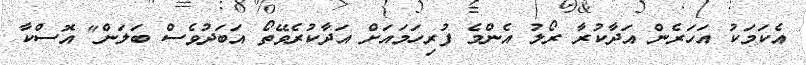
އެކަމަކު އަހަރެން އަދާކުރާ ރޯލު އެންމެ ފުރިހަމައަށް އަދާކުރެވޭތޯ އަބަދުވެސް ބަލަން" އޮސްކާ